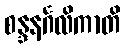
စန္ဒနင်္ဂလိကာတိ